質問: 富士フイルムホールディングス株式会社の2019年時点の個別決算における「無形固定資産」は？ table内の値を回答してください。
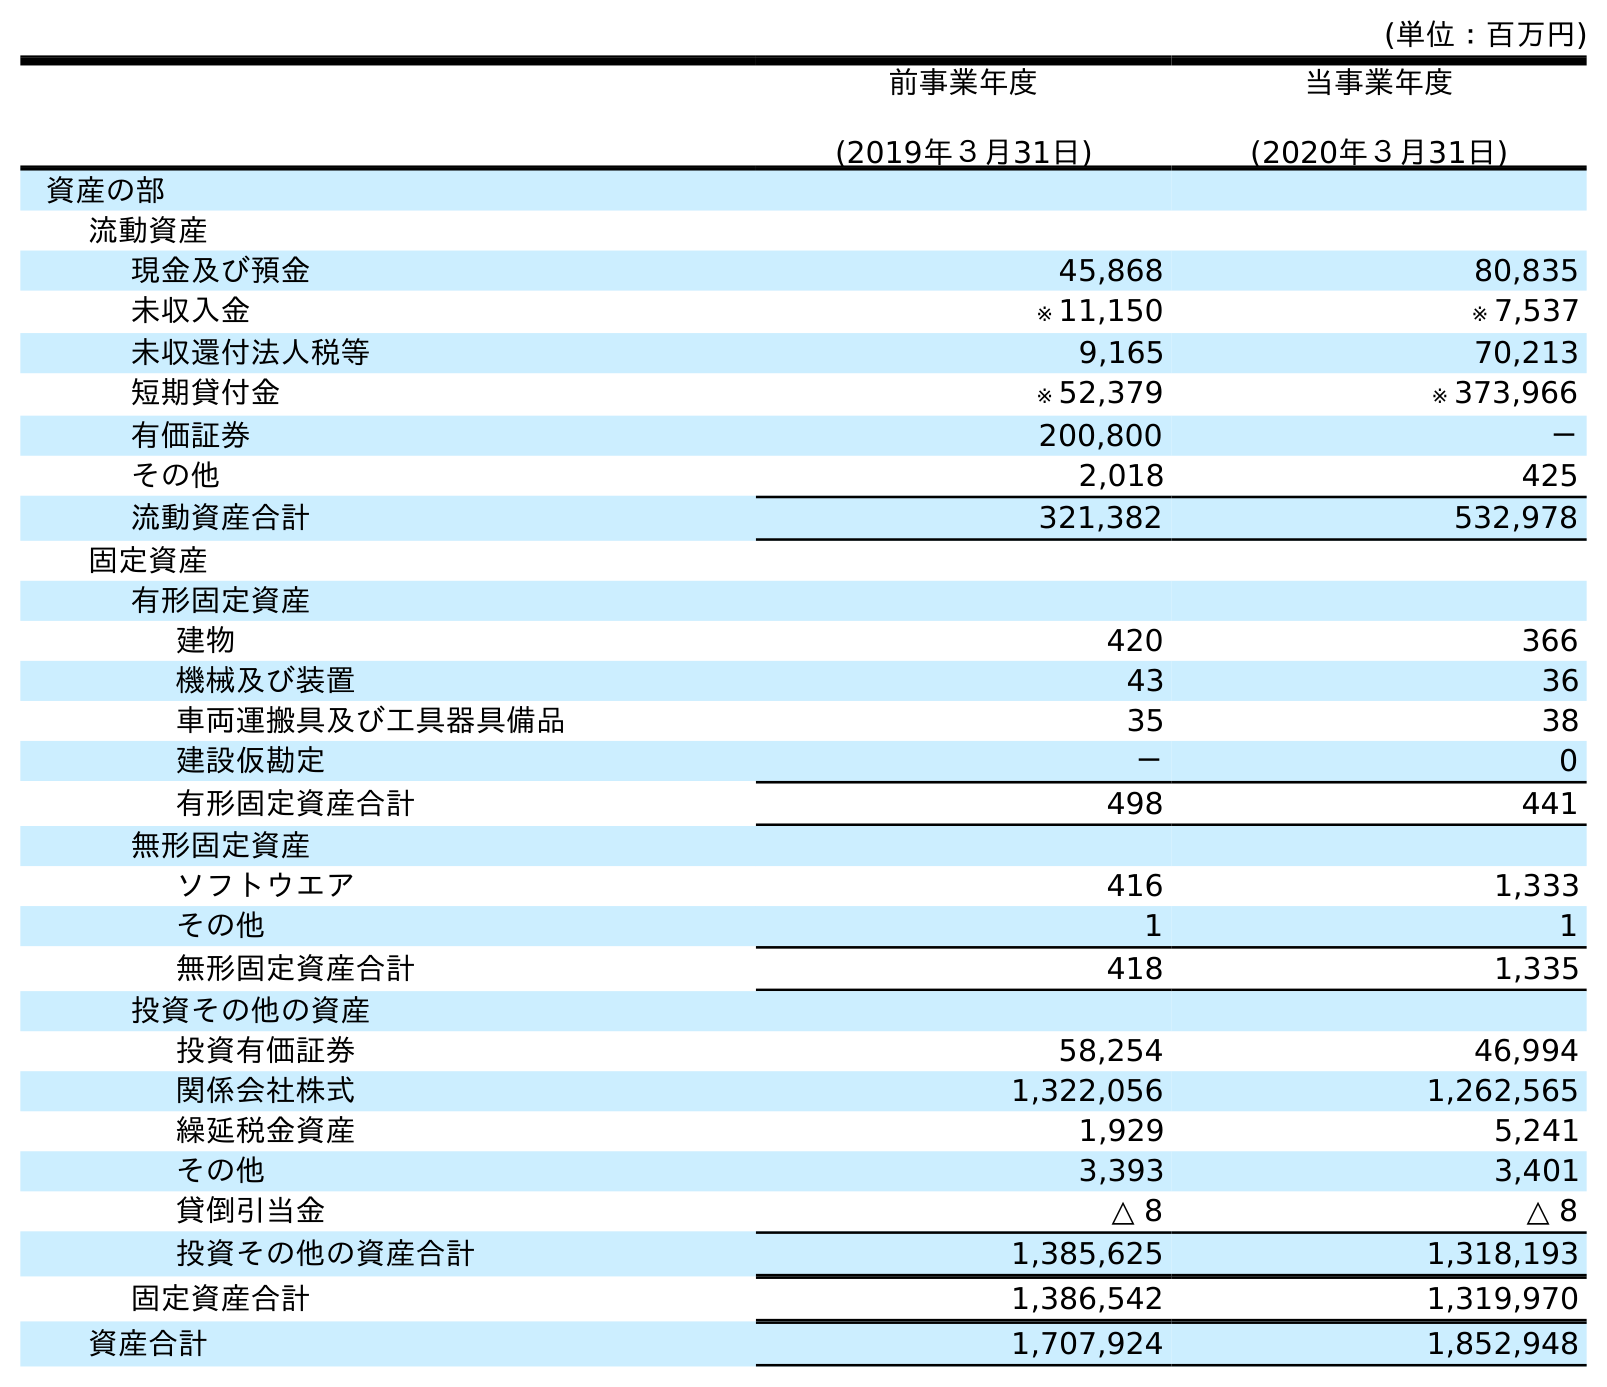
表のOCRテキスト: (単位：百万円) 前事業年度 (2019年３月31日) 当事業年度 (2020年３月31日) 資産の部 流動資産 現金及び預金 45,868 80,835 未収入金 ※ 11,150 ※ 7,537 未収還付法人税等 9,165 70,213 短期貸付金 ※ 52,379 ※ 373,966 有価証券 200,800 － その他 2,018 425 流動資産合計 321,382 532,978 固定資産 有形固定資産 建物 420 366 機械及び装置 43 36 車両運搬具及び工具器具備品 35 38 建設仮勘定 － 0 有形固定資産合計 498 441 無形固定資産 ソフトウエア 416 1,333 その他 1 1 無形固定資産合計 418 1,335 投資その他の資産 投資有価証券 58,254 46,994 関係会社株式 1,322,056 1,262,565 繰延税金資産 1,929 5,241 その他 3,393 3,401 貸倒引当金 △ 8 △ 8 投資その他の資産合計 1,385,625 1,318,193 固定資産合計 1,386,542 1,319,970 資産合計 1,707,924 1,852,948
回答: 418